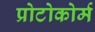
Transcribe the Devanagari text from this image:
प्रोटोकोर्म